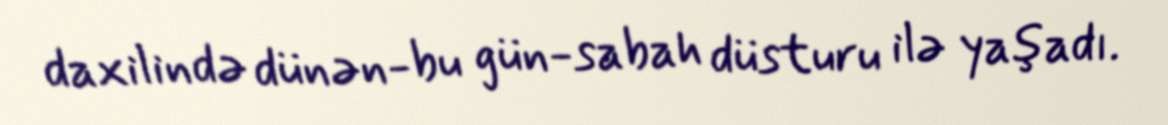
daxilində dünən-bu gün-sabah düsturu ilə yaşadı.